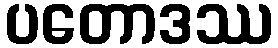
ပတောဒဿ